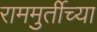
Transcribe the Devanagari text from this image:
राममुर्तीच्या